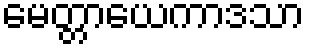
မေတ္တာယေကာဒသာ